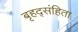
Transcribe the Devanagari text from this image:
बृहद्संहिता